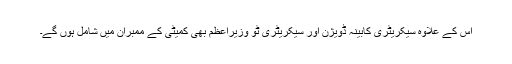
اس کے علاوہ سیکریٹری کابینہ ڈویژن اور سیکریٹری ٹو وزیراعظم بھی کمیٹی کے ممبران میں شامل ہوں گے۔